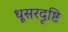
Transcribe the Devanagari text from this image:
धूसरदृष्टि